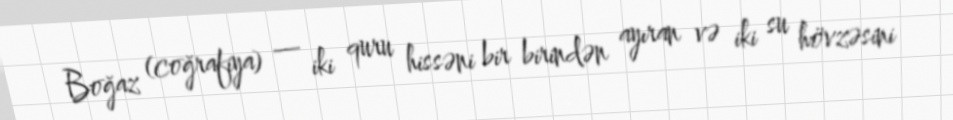
Boğaz (coğrafiya) — iki quru hissəni bir birindən ayıran və iki su hövzəsini